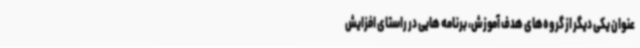
عنوان یکی دیگر از گروه‌های هدف آموزش، برنامه هایی در راستای افزایش